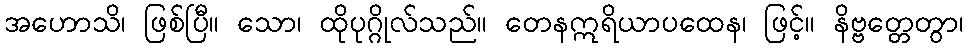
အဟောသိ၊ ဖြစ်ပြီ။ သော၊ ထိုပုဂ္ဂိုလ်သည်။ တေနဣရိယာပထေန၊ ဖြင့်။ နိဗ္ဗတ္တေတွာ၊